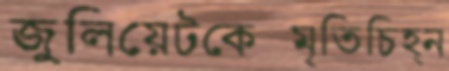
জুলিয়েটকেস্মৃতিচিহ্ন